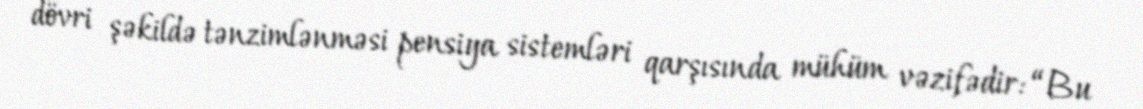
dövri şəkildə tənzimlənməsi pensiya sistemləri qarşısında mühüm vəzifədir: “Bu